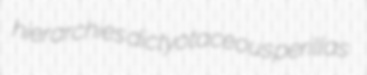
hierarchies dictyotaceous perillas